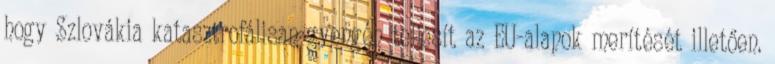
hogy Szlovákia katasztrofálisan gyengén teljesít az EU-alapok merítését illetően.